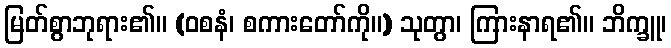
မြတ်စွာဘုရား၏။ (ဝစနံ၊ စကားတော်ကို။) သုတွာ၊ ကြားနာရ၏။ ဘိက္ခူ၊